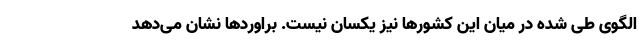
الگوی طی شده در میان این کشورها نیز یکسان نیست. براوردها نشان می‌دهد